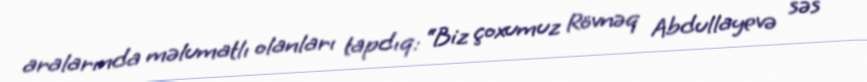
aralarında məlumatlı olanları tapdıq: “Biz çoxumuz Rövnəq Abdullayevə səs